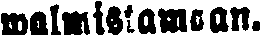
walmistamaan.